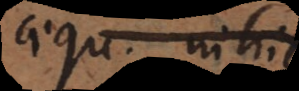
aequ. nihilo;